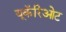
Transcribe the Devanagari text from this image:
यूकॅरिओट